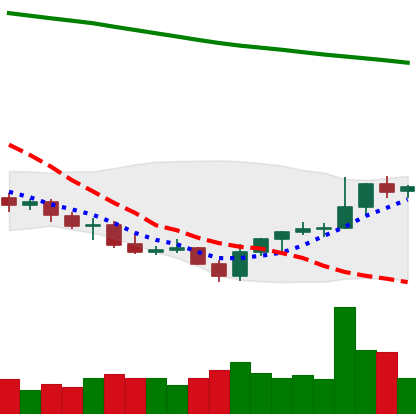
Ticker: LINK-USD
Chart end date: 2021-07-29
Forward return: 23.416%
Label: up_7plus